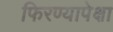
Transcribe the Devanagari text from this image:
फिरण्यापेक्षा